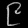
Digit: ၉